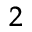
^ 2